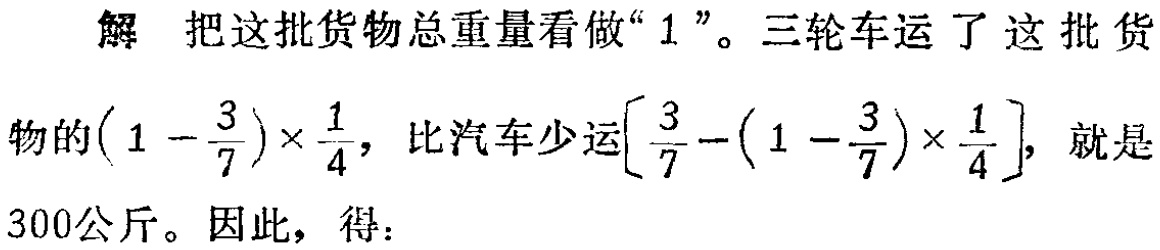
解 把这批货物总重量看做“$1$”。三轮车运了这批货

物的$(1 - \frac{3}{7})\times\frac{1}{4}$，比汽车少运$[\frac{3}{7}-(1 - \frac{3}{7})\times\frac{1}{4}]$，就是

$300$公斤。因此，得：